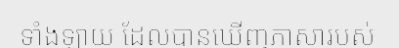
ទាំងឡាយ ដែលបានឃើញភាសារបស់